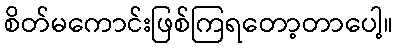
စိတ်မကောင်းဖြစ်ကြရတော့တာပေါ့။